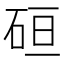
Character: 𰦶